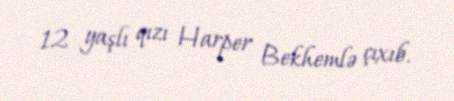
12 yaşlı qızı Harper Bekhemlə çıxıb.